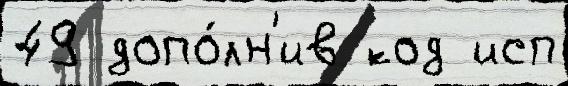
49 допо́лн'ив код исп